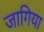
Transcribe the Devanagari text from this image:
जागिया